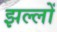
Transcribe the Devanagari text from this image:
झल्लों